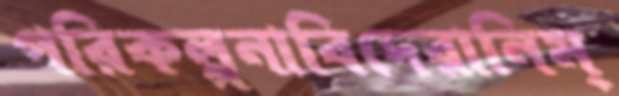
পরিকল্পনাবিদেরানিম্